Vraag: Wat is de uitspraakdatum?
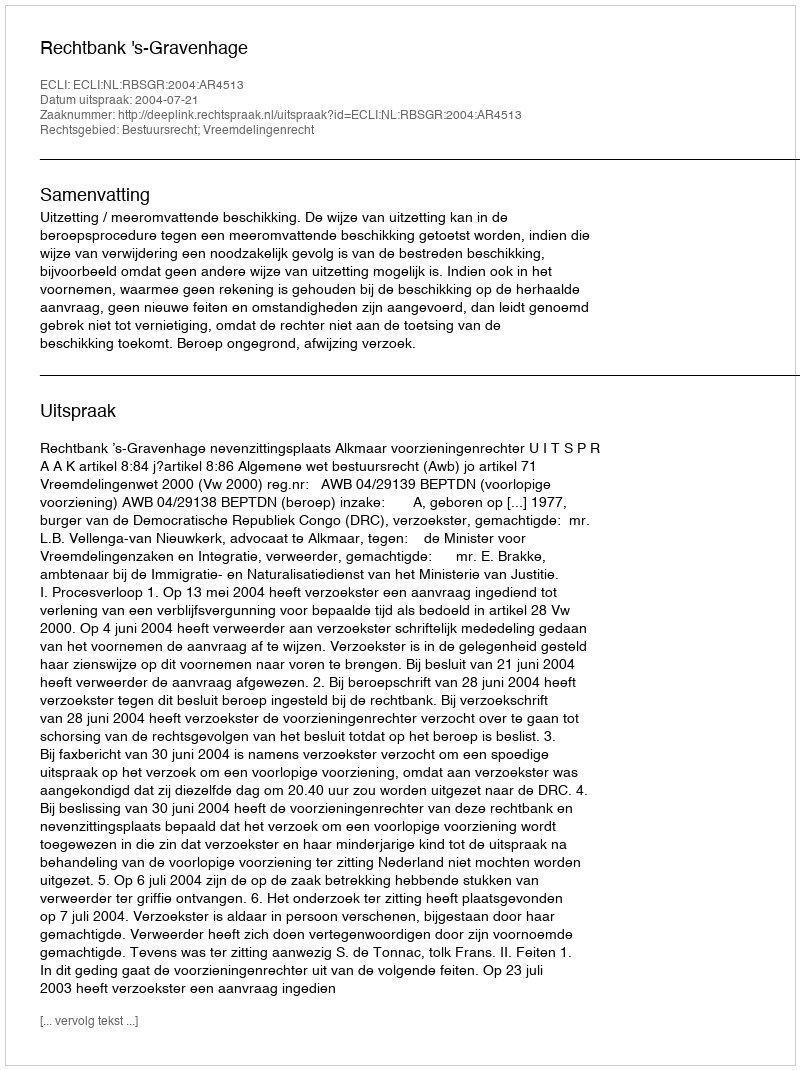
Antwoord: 2004-07-21